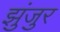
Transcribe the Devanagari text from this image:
झुंजुर